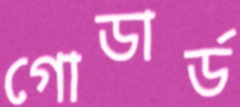
গোডার্ড